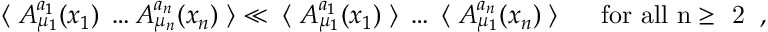
\langle \; A _ { \mu _ { 1 } } ^ { a _ { 1 } } ( x _ { 1 } ) \; \ldots A _ { \mu _ { n } } ^ { a _ { n } } ( x _ { n } ) \; \rangle \ll \; \langle \; A _ { \mu _ { 1 } } ^ { a _ { 1 } } ( x _ { 1 } ) \; \rangle \; \ldots \; \langle \; A _ { \mu _ { 1 } } ^ { a _ { n } } ( x _ { n } ) \; \rangle \; \; \; \; \; \; \mathrm { f o r ~ a l l ~ n \ge ~ 2 ~ } \; ,